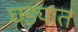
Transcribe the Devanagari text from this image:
घड्यात